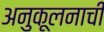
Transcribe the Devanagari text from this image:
अनुकूलनाची